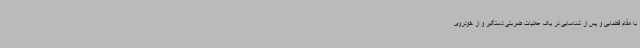
با مقام قضایی و پس از شناسایی در یک عملیات ضربتی دستگیر و از خودروی